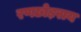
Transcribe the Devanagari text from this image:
रणछोड़राय